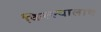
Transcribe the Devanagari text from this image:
किल्ल्यालाच